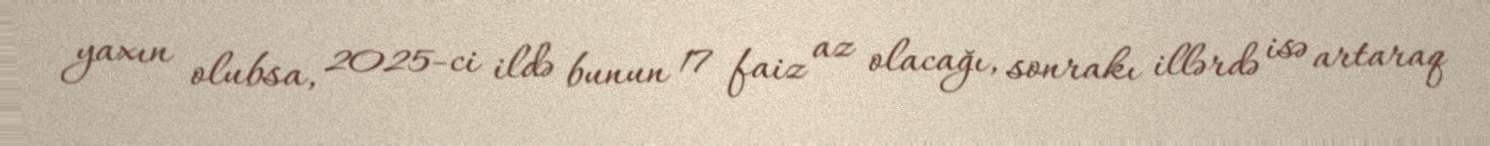
yaxın olubsa, 2025-ci ildə bunun 17 faiz az olacağı, sonrakı illərdə isə artaraq